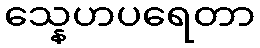
သ္နေဟပရေတာ